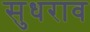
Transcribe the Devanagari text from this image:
सुधराव